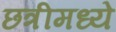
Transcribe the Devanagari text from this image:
छत्रीमध्ये